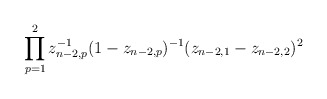
\begin{align*}\prod_{p=1}^2 z_{n-2,p}^{-1}(1-z_{n-2,p})^{-1}(z_{n-2,1}-z_{n-2,2})^2\end{align*}